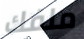
ملفك